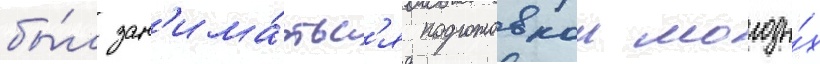
бы́л зан'има́тьс'я подготовкои молоды́х